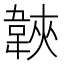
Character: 𩎱